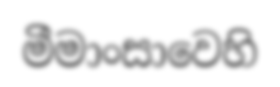
මීමාංසාවෙහි